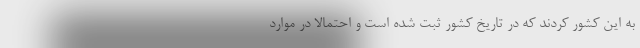
به اين كشور كردند كه در تاريخ كشور ثبت شده است و احتمالا در موارد